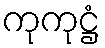
ကုကုဋ္ဌံ